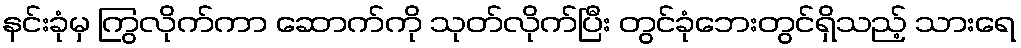
နင်းခုံမှ ကြွလိုက်ကာ ဆောက်ကို သုတ်လိုက်ပြီး တွင်ခုံဘေးတွင်ရှိသည့် သားရေ